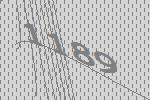
1189